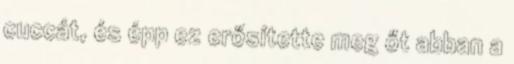
cuccát, és épp ez erősítette meg őt abban a